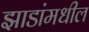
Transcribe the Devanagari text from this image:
झाडांमधील